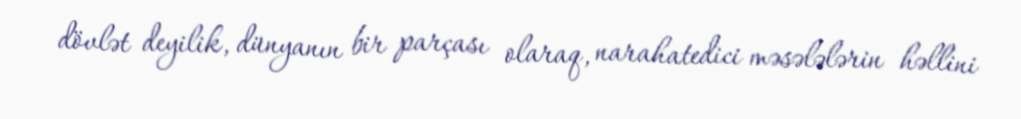
dövlət deyilik, dünyanın bir parçası olaraq, narahatedici məsələlərin həllini